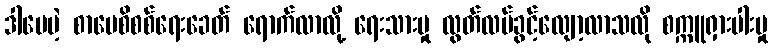
ဒါပေမဲ့ စာပေစိစစ်ရေးခေတ် ရောက်လာလို့ ရေးသားမှု လွတ်လပ်ခွင့်လျော့လာသလို စက္ကူရှားပါးမှု